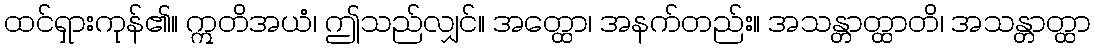
ထင်ရှားကုန်၏။ ဣတိအယံ၊ ဤသည်လျှင်။ အတ္ထော၊ အနက်တည်း။ အသန္တာတ္ထာတိ၊ အသန္တာတ္ထာ